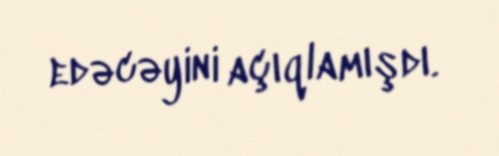
edəcəyini açıqlamışdı.